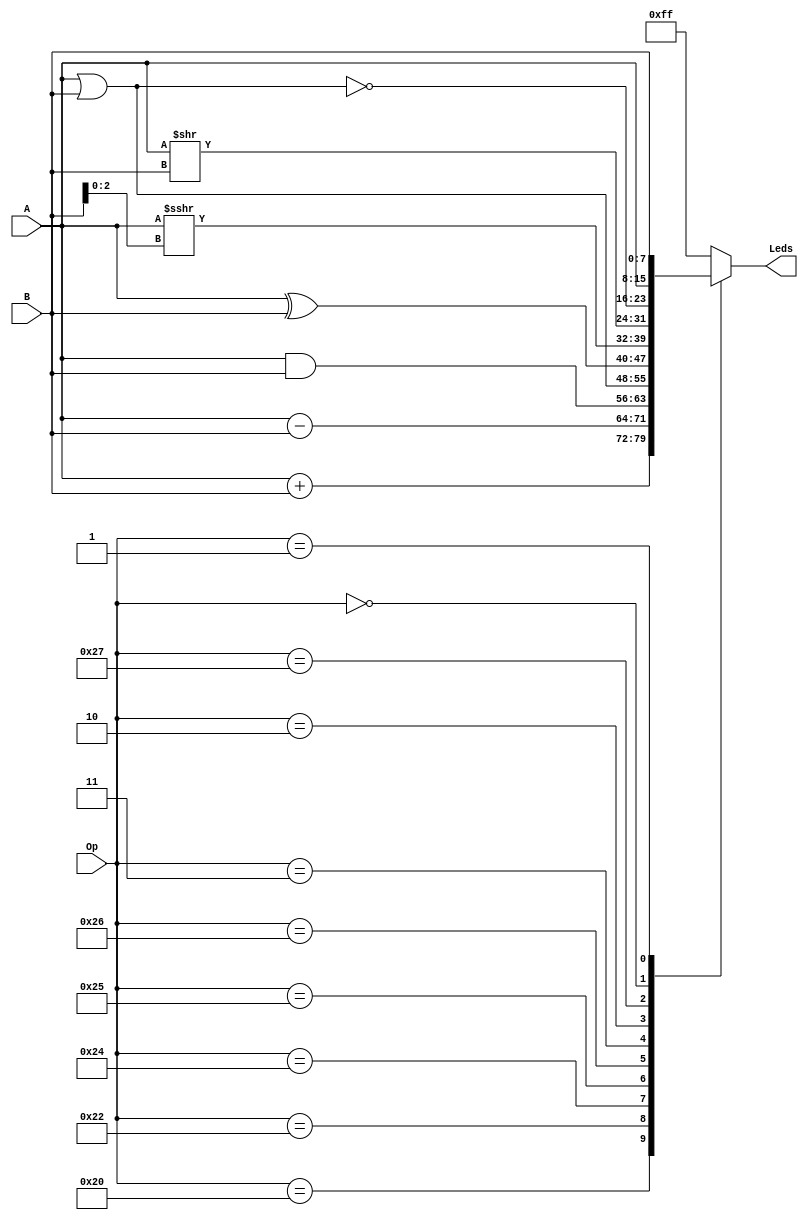
`timescale 1ns / 1ps

module ALU #(parameter size = 8)
	(
		input[5:0] Op,
		input signed[size-1:0] A,
		input signed[size-1:0] B,
		output signed [size-1:0] Leds
	);	
	
	// signal declaration
	reg signed [size-1:0] aux;
	reg wr_aux, rd_aux, state_reg , state_next;
	
	assign Leds = aux; // Resultado de la ALU
//	wr = wr_aux, // Bandera para la interface de transmisin
//	rd = rd_aux; // Bandera para la interface de recepcin
    

	always @(*)
	begin
        case (Op)
                6'b100000: 	aux = 	A    +   B       ; 		// ADD 	32
                6'b100010: 	aux = 	A    -   B       ; 		// SUB 	34
                6'b100100: 	aux = 	A    &   B       ; 		// AND 	36
                6'b100101: 	aux = 	A    |   B       ; 		// OR 	37
                6'b100110: 	aux = 	A    ^   B       ; 		// XOR 	38
                6'b000011: 	aux = 	A    >>> B[2:0]  ; 		// SRA 	3
                6'b000010: 	aux = 	A    >>  B       ; 		// SRL 	2
                6'b100111: 	aux = 	~(A  |   B)      ; 	  	// NOR 	39
                6'b000000: 	aux =   A                ; 		// A 		0
                6'b000001: 	aux =            B       ; 		// B 		1
                default: 	aux =        -1          ;
        endcase
    end
endmodule